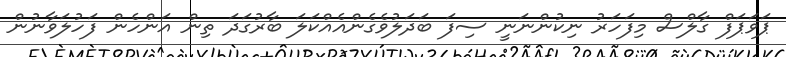
ޕަވަޕަފް ގާލްސް މިފަހަރު ނިކުންނަނީ ސިފަ ބަދަލުވެގެންއެއްކަލަ ބާރުގަދަ ތިން އަންހެން ފަހުލަވާނުން